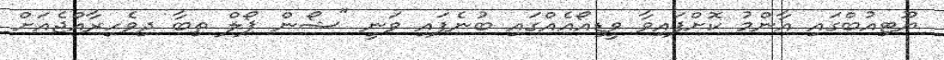
ޔޫޓިއުބްގައި އާންމު ކޮށްފައިވާ ވީޑިއޯއެއްގައި ބުނެފައި ވަނީ "ޝޯން ޕޯލް ތިބާ ދިވެހިރާއްޖެއަށް